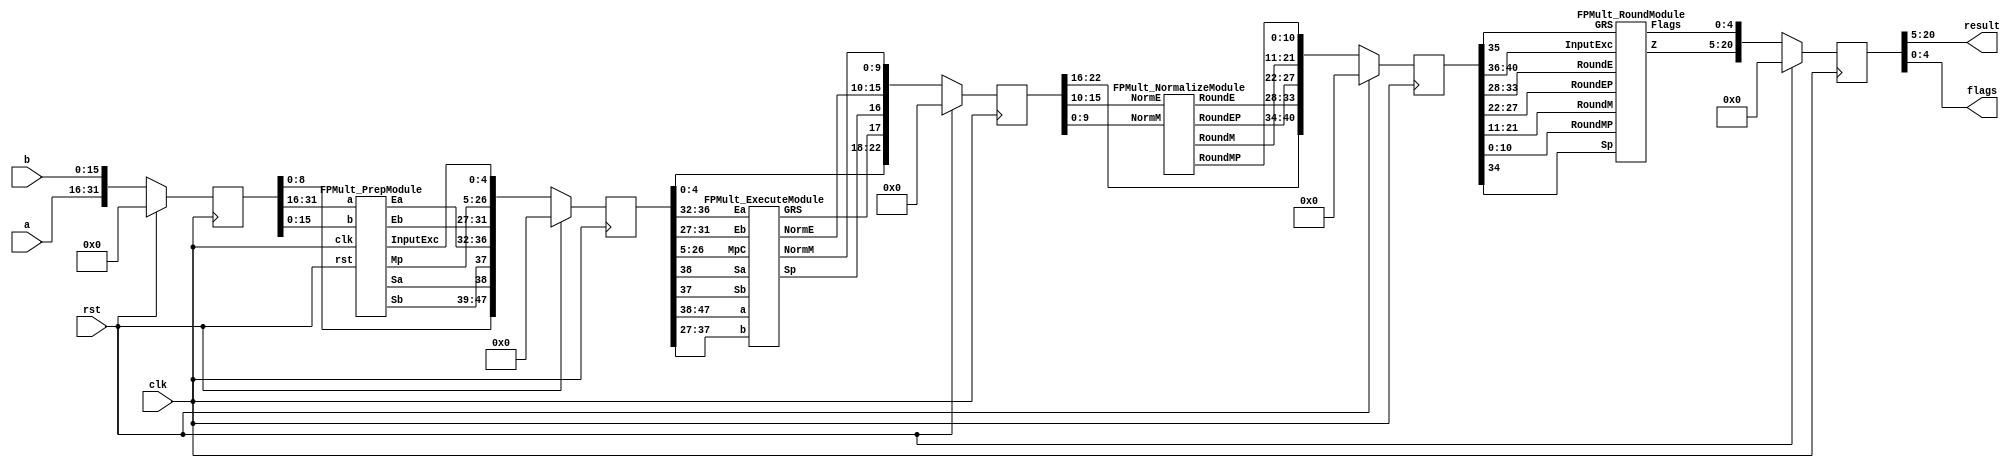
`define BFLOAT16 
`define VCS
`define EXPONENT 8
`define MANTISSA 7
`define EXPONENT 5
`define MANTISSA 10
`define SIGN 1
`define DWIDTH (`SIGN+`EXPONENT+`MANTISSA)
`define AWIDTH 10
`define MEM_SIZE 1024
`define DESIGN_SIZE 12
`define CU_SIZE 4
`define MASK_WIDTH 4
`define MEM_ACCESS_LATENCY 1
`define REG_DATAWIDTH 32
`define REG_ADDRWIDTH 8
`define ITERATIONS_WIDTH 32
`define REG_STDN_ADDR 32'h4
`define REG_MATRIX_A_ADDR 32'he
`define REG_MATRIX_B_ADDR 32'h12
`define REG_MATRIX_C_ADDR 32'h16
`define REG_VALID_MASK_A_ADDR 32'h20
`define REG_VALID_MASK_B_ADDR 32'h5c
`define REG_ITERATIONS_ADDR 32'h40
`define PE_PIPELINE_DEPTH 5
`define IDLE     2'b00
`define W_ENABLE  2'b01
`define R_ENABLE  2'b10

module FPMult_16(
		clk,
		rst,
		a,
		b,
		result,
		flags
    );
	
	// Input Ports
	input clk ;							// Clock
	input rst ;							// Reset signal
	input [`DWIDTH-1:0] a;						// Input A, a 32-bit floating point number
	input [`DWIDTH-1:0] b;						// Input B, a 32-bit floating point number
	
	// Output ports
	output [`DWIDTH-1:0] result ;					// Product, result of the operation, 32-bit FP number
	output [4:0] flags ;						// Flags indicating exceptions according to IEEE754
	
	// Internal signals
	wire [`DWIDTH-1:0] Z_int ;					// Product, result of the operation, 32-bit FP number
	wire [4:0] Flags_int ;						// Flags indicating exceptions according to IEEE754
	
	wire Sa ;							// A's sign
	wire Sb ;							// B's sign
	wire Sp ;							// Product sign
	wire [`EXPONENT-1:0] Ea ;					// A's exponent
	wire [`EXPONENT-1:0] Eb ;					// B's exponent
	wire [2*`MANTISSA+1:0] Mp ;					// Product mantissa
	wire [4:0] InputExc ;						// Exceptions in inputs
	wire [`MANTISSA-1:0] NormM ;					// Normalized mantissa
	wire [`EXPONENT:0] NormE ;					// Normalized exponent
	wire [`MANTISSA:0] RoundM ;					// Normalized mantissa
	wire [`EXPONENT:0] RoundE ;					// Normalized exponent
	wire [`MANTISSA:0] RoundMP ;					// Normalized mantissa
	wire [`EXPONENT:0] RoundEP ;					// Normalized exponent
	wire GRS ;

	//reg [63:0] pipe_0;						// Pipeline register Input->Prep
	reg [2*`DWIDTH-1:0] pipe_0;					// Pipeline register Input->Prep

	//reg [92:0] pipe_1;						// Pipeline register Prep->Execute
	//reg [3*`MANTISSA+2*`EXPONENT+7:0] pipe_1;			// Pipeline register Prep->Execute
	reg [3*`MANTISSA+2*`EXPONENT+18:0] pipe_1;

	//reg [38:0] pipe_2;						// Pipeline register Execute->Normalize
	reg [`MANTISSA+`EXPONENT+7:0] pipe_2;				// Pipeline register Execute->Normalize
	
	//reg [72:0] pipe_3;						// Pipeline register Normalize->Round
	reg [2*`MANTISSA+2*`EXPONENT+10:0] pipe_3;			// Pipeline register Normalize->Round

	//reg [36:0] pipe_4;						// Pipeline register Round->Output
	reg [`DWIDTH+4:0] pipe_4;					// Pipeline register Round->Output
	
	assign result = pipe_4[`DWIDTH+4:5] ;
	assign flags = pipe_4[4:0] ;
	
	// Prepare the operands for alignment and check for exceptions
	FPMult_PrepModule PrepModule(clk, rst, pipe_0[2*`DWIDTH-1:`DWIDTH], pipe_0[`DWIDTH-1:0], Sa, Sb, Ea[`EXPONENT-1:0], Eb[`EXPONENT-1:0], Mp[2*`MANTISSA+1:0], InputExc[4:0]) ;

	// Perform (unsigned) mantissa multiplication
	FPMult_ExecuteModule ExecuteModule(pipe_1[3*`MANTISSA+`EXPONENT*2+7:2*`MANTISSA+2*`EXPONENT+8], pipe_1[2*`MANTISSA+2*`EXPONENT+7:2*`MANTISSA+7], pipe_1[2*`MANTISSA+6:5], pipe_1[2*`MANTISSA+2*`EXPONENT+6:2*`MANTISSA+`EXPONENT+7], pipe_1[2*`MANTISSA+`EXPONENT+6:2*`MANTISSA+7], pipe_1[2*`MANTISSA+2*`EXPONENT+8], pipe_1[2*`MANTISSA+2*`EXPONENT+7], Sp, NormE[`EXPONENT:0], NormM[`MANTISSA-1:0], GRS) ;

	// Round result and if necessary, perform a second (post-rounding) normalization step
	FPMult_NormalizeModule NormalizeModule(pipe_2[`MANTISSA-1:0], pipe_2[`MANTISSA+`EXPONENT:`MANTISSA], RoundE[`EXPONENT:0], RoundEP[`EXPONENT:0], RoundM[`MANTISSA:0], RoundMP[`MANTISSA:0]) ;		

	// Round result and if necessary, perform a second (post-rounding) normalization step
	//FPMult_RoundModule RoundModule(pipe_3[47:24], pipe_3[23:0], pipe_3[65:57], pipe_3[56:48], pipe_3[66], pipe_3[67], pipe_3[72:68], Z_int[31:0], Flags_int[4:0]) ;		
	FPMult_RoundModule RoundModule(pipe_3[2*`MANTISSA+1:`MANTISSA+1], pipe_3[`MANTISSA:0], pipe_3[2*`MANTISSA+2*`EXPONENT+3:2*`MANTISSA+`EXPONENT+3], pipe_3[2*`MANTISSA+`EXPONENT+2:2*`MANTISSA+2], pipe_3[2*`MANTISSA+2*`EXPONENT+4], pipe_3[2*`MANTISSA+2*`EXPONENT+5], pipe_3[2*`MANTISSA+2*`EXPONENT+10:2*`MANTISSA+2*`EXPONENT+6], Z_int[`DWIDTH-1:0], Flags_int[4:0]) ;		

//adding always@ (*) instead of posedge clock to make design combinational
	always @ (posedge clk) begin	
		if(rst) begin
			pipe_0 <= 0;
			pipe_1 <= 0;
			pipe_2 <= 0; 
			pipe_3 <= 0;
			pipe_4 <= 0;
		end 
		else begin		
			/* PIPE 0
				[2*`DWIDTH-1:`DWIDTH] A
				[`DWIDTH-1:0] B
			*/
                       pipe_0 <= {a, b} ;


			/* PIPE 1
				[2*`EXPONENT+3*`MANTISSA + 18: 2*`EXPONENT+2*`MANTISSA + 18] //pipe_0[`DWIDTH+`MANTISSA-1:`DWIDTH] , mantissa of A
				[2*`EXPONENT+2*`MANTISSA + 17 :2*`EXPONENT+2*`MANTISSA + 9] // pipe_0[8:0]
				[2*`EXPONENT+2*`MANTISSA + 8] Sa
				[2*`EXPONENT+2*`MANTISSA + 7] Sb
				[2*`EXPONENT+2*`MANTISSA + 6:`EXPONENT+2*`MANTISSA+7] Ea
				[`EXPONENT +2*`MANTISSA+6:2*`MANTISSA+7] Eb
				[2*`MANTISSA+1+5:5] Mp
				[4:0] InputExc
			*/
			//pipe_1 <= {pipe_0[`DWIDTH+`MANTISSA-1:`DWIDTH], pipe_0[`MANTISSA_MUL_SPLIT_LSB-1:0], Sa, Sb, Ea[`EXPONENT-1:0], Eb[`EXPONENT-1:0], Mp[2*`MANTISSA-1:0], InputExc[4:0]} ;
			pipe_1 <= {pipe_0[`DWIDTH+`MANTISSA-1:`DWIDTH], pipe_0[8:0], Sa, Sb, Ea[`EXPONENT-1:0], Eb[`EXPONENT-1:0], Mp[2*`MANTISSA+1:0], InputExc[4:0]} ;
			
			/* PIPE 2
				[`EXPONENT + `MANTISSA + 7:`EXPONENT + `MANTISSA + 3] InputExc
				[`EXPONENT + `MANTISSA + 2] GRS
				[`EXPONENT + `MANTISSA + 1] Sp
				[`EXPONENT + `MANTISSA:`MANTISSA] NormE
				[`MANTISSA-1:0] NormM
			*/
			pipe_2 <= {pipe_1[4:0], GRS, Sp, NormE[`EXPONENT:0], NormM[`MANTISSA-1:0]} ;
			/* PIPE 3
				[2*`EXPONENT+2*`MANTISSA+10:2*`EXPONENT+2*`MANTISSA+6] InputExc
				[2*`EXPONENT+2*`MANTISSA+5] GRS
				[2*`EXPONENT+2*`MANTISSA+4] Sp	
				[2*`EXPONENT+2*`MANTISSA+3:`EXPONENT+2*`MANTISSA+3] RoundE
				[`EXPONENT+2*`MANTISSA+2:2*`MANTISSA+2] RoundEP
				[2*`MANTISSA+1:`MANTISSA+1] RoundM
				[`MANTISSA:0] RoundMP
			*/
			pipe_3 <= {pipe_2[`EXPONENT+`MANTISSA+7:`EXPONENT+`MANTISSA+1], RoundE[`EXPONENT:0], RoundEP[`EXPONENT:0], RoundM[`MANTISSA:0], RoundMP[`MANTISSA:0]} ;
			/* PIPE 4
				[`DWIDTH+4:5] Z
				[4:0] Flags
			*/				
			pipe_4 <= {Z_int[`DWIDTH-1:0], Flags_int[4:0]} ;
		end
	end
		
endmodule
module FPMult_RoundModule(
		RoundM,
		RoundMP,
		RoundE,
		RoundEP,
		Sp,
		GRS,
		InputExc,
		Z,
		Flags
    );

	// Input Ports
	input [`MANTISSA:0] RoundM ;									// Normalized mantissa
	input [`MANTISSA:0] RoundMP ;									// Normalized exponent
	input [`EXPONENT:0] RoundE ;									// Normalized mantissa + 1
	input [`EXPONENT:0] RoundEP ;									// Normalized exponent + 1
	input Sp ;												// Product sign
	input GRS ;
	input [4:0] InputExc ;
	
	// Output Ports
	output [`DWIDTH-1:0] Z ;										// Final product
	output [4:0] Flags ;
	
	// Internal Signals
	wire [`EXPONENT:0] FinalE ;									// Rounded exponent
	wire [`MANTISSA:0] FinalM;
	wire [`MANTISSA:0] PreShiftM;
	
	assign PreShiftM = GRS ? RoundMP : RoundM ;	// Round up if R and (G or S)
	
	// Post rounding normalization (potential one bit shift> use shifted mantissa if there is overflow)
	assign FinalM = (PreShiftM[`MANTISSA] ? {1'b0, PreShiftM[`MANTISSA:1]} : PreShiftM[`MANTISSA:0]) ;
	
	assign FinalE = (PreShiftM[`MANTISSA] ? RoundEP : RoundE) ; // Increment exponent if a shift was done
	
	assign Z = {Sp, FinalE[`EXPONENT-1:0], FinalM[`MANTISSA-1:0]} ;   // Putting the pieces together
	assign Flags = InputExc[4:0];

endmodule
module FPMult_NormalizeModule(
		NormM,
		NormE,
		RoundE,
		RoundEP,
		RoundM,
		RoundMP
    );

	// Input Ports
	input [`MANTISSA-1:0] NormM ;									// Normalized mantissa
	input [`EXPONENT:0] NormE ;									// Normalized exponent

	// Output Ports
	output [`EXPONENT:0] RoundE ;
	output [`EXPONENT:0] RoundEP ;
	output [`MANTISSA:0] RoundM ;
	output [`MANTISSA:0] RoundMP ; 
	
// EXPONENT = 5 
// EXPONENT -1 = 4
// NEED to subtract 2^4 -1 = 15

wire [`EXPONENT-1 : 0] bias;

assign bias =  ((1<< (`EXPONENT -1)) -1);

	assign RoundE = NormE - bias ;
	assign RoundEP = NormE - bias -1 ;
	assign RoundM = NormM ;
	assign RoundMP = NormM ;

endmodule
module FPMult_ExecuteModule(
		a,
		b,
		MpC,
		Ea,
		Eb,
		Sa,
		Sb,
		Sp,
		NormE,
		NormM,
		GRS
    );

	// Input ports
	input [`MANTISSA-1:0] a ;
	input [2*`EXPONENT:0] b ;
	input [2*`MANTISSA+1:0] MpC ;
	input [`EXPONENT-1:0] Ea ;						// A's exponent
	input [`EXPONENT-1:0] Eb ;						// B's exponent
	input Sa ;								// A's sign
	input Sb ;								// B's sign
	
	// Output ports
	output Sp ;								// Product sign
	output [`EXPONENT:0] NormE ;													// Normalized exponent
	output [`MANTISSA-1:0] NormM ;												// Normalized mantissa
	output GRS ;
	
	wire [2*`MANTISSA+1:0] Mp ;
	
	assign Sp = (Sa ^ Sb) ;												// Equal signs give a positive product
	
   // wire [`ACTUAL_MANTISSA-1:0] inp_a;
   // wire [`ACTUAL_MANTISSA-1:0] inp_b;
   // assign inp_a = {1'b1, a};
   // assign inp_b = {{(`MANTISSA-`MANTISSA_MUL_SPLIT_LSB){1'b0}}, 1'b0, b};
   // DW02_mult #(`ACTUAL_MANTISSA,`ACTUAL_MANTISSA) u_mult(.A(inp_a), .B(inp_b), .TC(1'b0), .PRODUCT(Mp_temp));
   // DW01_add #(2*`ACTUAL_MANTISSA) u_add(.A(Mp_temp), .B(MpC<<`MANTISSA_MUL_SPLIT_LSB), .CI(1'b0), .SUM(Mp), .CO());

	//assign Mp = (MpC<<(2*`EXPONENT+1)) + ({4'b0001, a[`MANTISSA-1:0]}*{1'b0, b[2*`EXPONENT:0]}) ;
	assign Mp = MpC;


	assign NormM = (Mp[2*`MANTISSA+1] ? Mp[2*`MANTISSA:`MANTISSA+1] : Mp[2*`MANTISSA-1:`MANTISSA]); 	// Check for overflow
	assign NormE = (Ea + Eb + Mp[2*`MANTISSA+1]);								// If so, increment exponent
	
	assign GRS = ((Mp[`MANTISSA]&(Mp[`MANTISSA+1]))|(|Mp[`MANTISSA-1:0])) ;
	
endmodule
module FPMult_PrepModule (
		clk,
		rst,
		a,
		b,
		Sa,
		Sb,
		Ea,
		Eb,
		Mp,
		InputExc
	);
	
	// Input ports
	input clk ;
	input rst ;
	input [`DWIDTH-1:0] a ;								// Input A, a 32-bit floating point number
	input [`DWIDTH-1:0] b ;								// Input B, a 32-bit floating point number
	
	// Output ports
	output Sa ;										// A's sign
	output Sb ;										// B's sign
	output [`EXPONENT-1:0] Ea ;								// A's exponent
	output [`EXPONENT-1:0] Eb ;								// B's exponent
	output [2*`MANTISSA+1:0] Mp ;							// Mantissa product
	output [4:0] InputExc ;						// Input numbers are exceptions
	
	// Internal signals							// If signal is high...
	wire ANaN ;										// A is a signalling NaN
	wire BNaN ;										// B is a signalling NaN
	wire AInf ;										// A is infinity
	wire BInf ;										// B is infinity
    wire [`MANTISSA-1:0] Ma;
    wire [`MANTISSA-1:0] Mb;
	
	assign ANaN = &(a[`DWIDTH-2:`MANTISSA]) &  |(a[`DWIDTH-2:`MANTISSA]) ;			// All one exponent and not all zero mantissa - NaN
	assign BNaN = &(b[`DWIDTH-2:`MANTISSA]) &  |(b[`MANTISSA-1:0]);			// All one exponent and not all zero mantissa - NaN
	assign AInf = &(a[`DWIDTH-2:`MANTISSA]) & ~|(a[`DWIDTH-2:`MANTISSA]) ;		// All one exponent and all zero mantissa - Infinity
	assign BInf = &(b[`DWIDTH-2:`MANTISSA]) & ~|(b[`DWIDTH-2:`MANTISSA]) ;		// All one exponent and all zero mantissa - Infinity
	
	// Check for any exceptions and put all flags into exception vector
	assign InputExc = {(ANaN | BNaN | AInf | BInf), ANaN, BNaN, AInf, BInf} ;
	//assign InputExc = {(ANaN | ANaN | BNaN |BNaN), ANaN, ANaN, BNaN,BNaN} ;
	
	// Take input numbers apart
	assign Sa = a[`DWIDTH-1] ;							// A's sign
	assign Sb = b[`DWIDTH-1] ;							// B's sign
	assign Ea = a[`DWIDTH-2:`MANTISSA];						// Store A's exponent in Ea, unless A is an exception
	assign Eb = b[`DWIDTH-2:`MANTISSA];						// Store B's exponent in Eb, unless B is an exception	
//    assign Ma = a[`MANTISSA_MSB:`MANTISSA_LSB];
  //  assign Mb = b[`MANTISSA_MSB:`MANTISSA_LSB];
	


	//assign Mp = ({4'b0001, a[`MANTISSA-1:0]}*{4'b0001, b[`MANTISSA-1:9]}) ;
	assign Mp = ({1'b1,a[`MANTISSA-1:0]}*{1'b1, b[`MANTISSA-1:0]}) ;

	
    //We multiply part of the mantissa here
    //Full mantissa of A
    //Bits MANTISSA_MUL_SPLIT_MSB:MANTISSA_MUL_SPLIT_LSB of B
   // wire [`ACTUAL_MANTISSA-1:0] inp_A;
   // wire [`ACTUAL_MANTISSA-1:0] inp_B;
   // assign inp_A = {1'b1, Ma};
   // assign inp_B = {{(`MANTISSA-(`MANTISSA_MUL_SPLIT_MSB-`MANTISSA_MUL_SPLIT_LSB+1)){1'b0}}, 1'b1, Mb[`MANTISSA_MUL_SPLIT_MSB:`MANTISSA_MUL_SPLIT_LSB]};
   // DW02_mult #(`ACTUAL_MANTISSA,`ACTUAL_MANTISSA) u_mult(.A(inp_A), .B(inp_B), .TC(1'b0), .PRODUCT(Mp));
endmodule